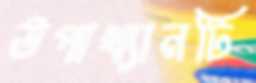
উপাখ্যানটি